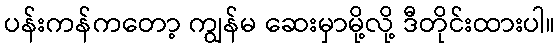
ပန်းကန်ကတော့ ကျွန်မ ဆေးမှာမို့လို့ ဒီတိုင်းထားပါ။